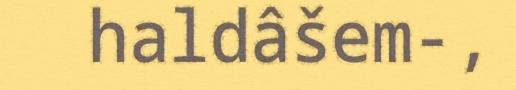
haldâšem-,